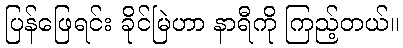
ပြန်ဖြေရင်း ခိုင်မြဲဟာ နာရီကို ကြည့်တယ်။